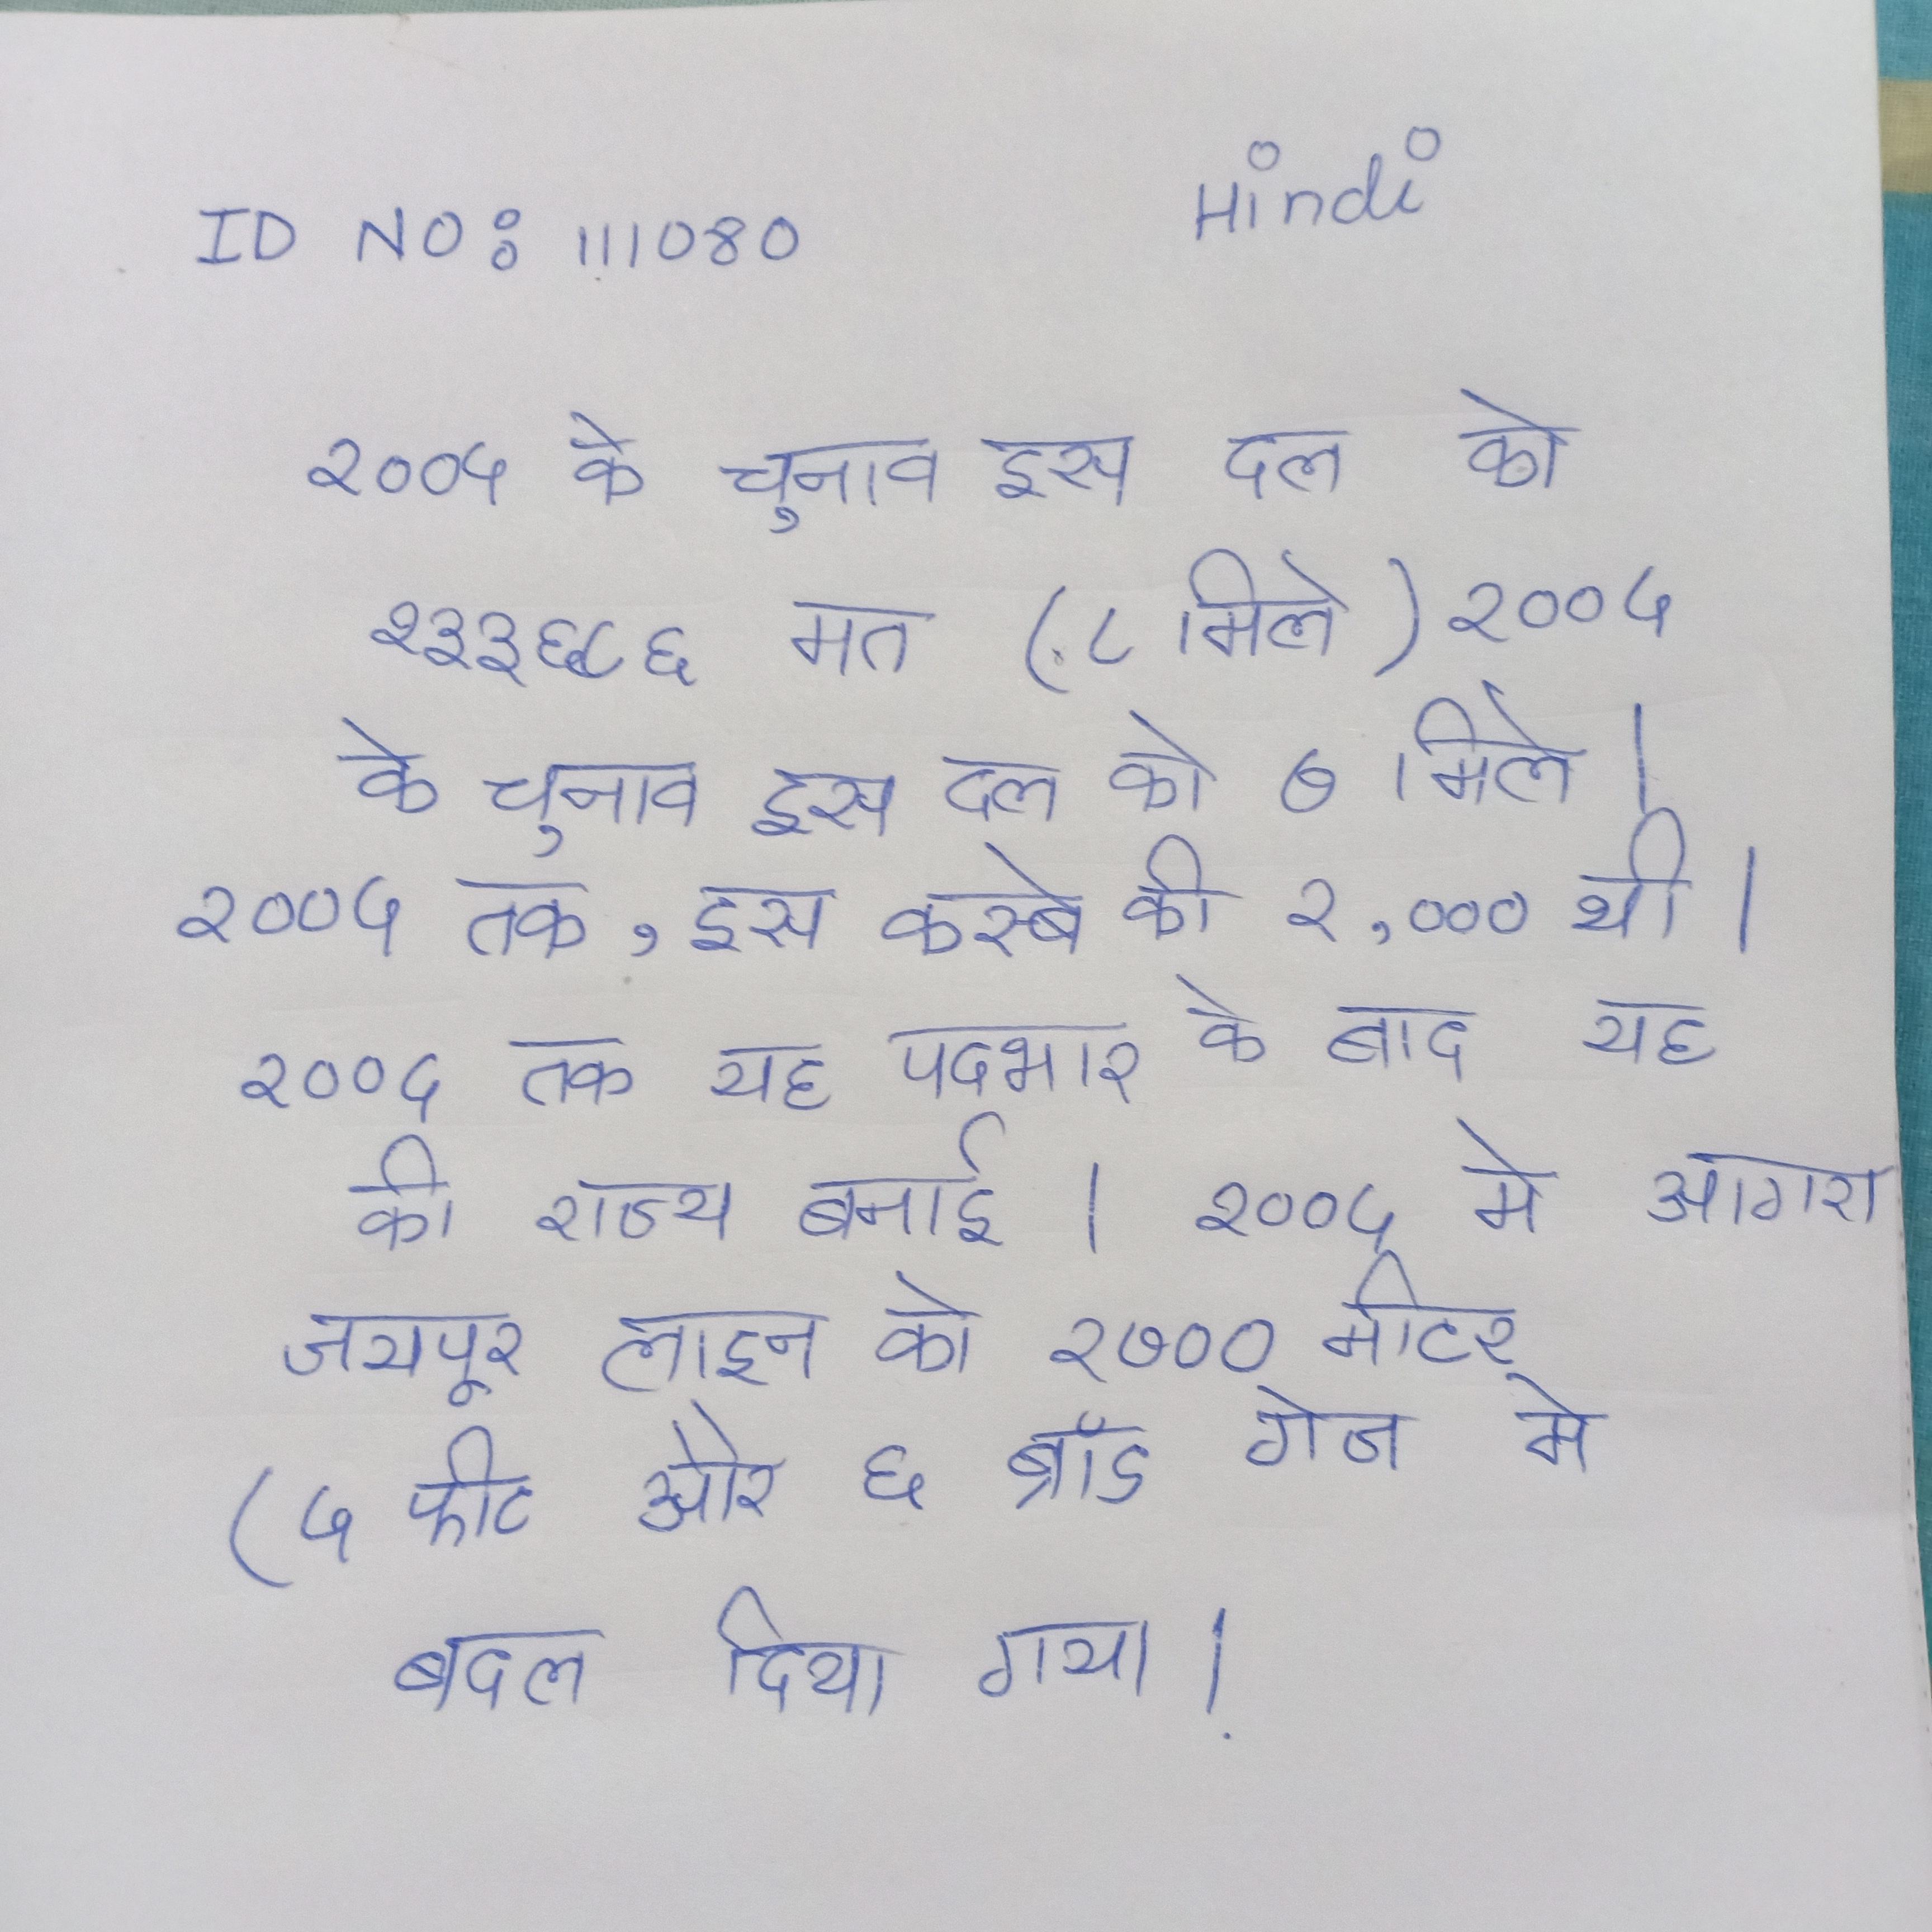
२००५ के चुनाव इस दल को १३३ ६८६ मत (८ मिले । २००५ के चुनाव इस दल को ७ मिले । २००५ तक, इस कस्बे की २,००० थी । २००५ तक यह पदभार के बाद यह की राज्य बनाई । २००५ मे आगरा-जयपुर लाइन को १७०० मीटर (५ फीट और ६ ब्रॉड गेज मे बदल दिया गया .